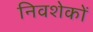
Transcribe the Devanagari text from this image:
निवशेकों